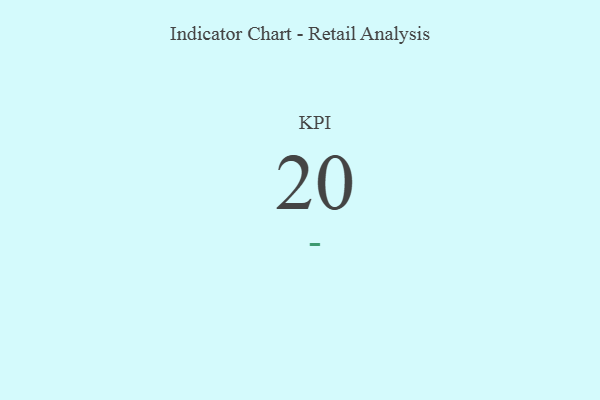
{"axis": {"x": "KPI", "y": "Value"}, "legend": [""], "data": [{"x": "KPI", "y": 20, "type": ""}]}